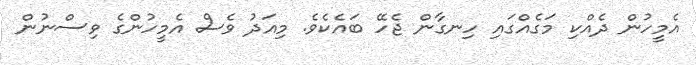
އެމީހުން ދެއްކި މަގެއްގައި ހިނގާން ޖެހޭ ބައެކެވެ. މިއަދު ވެސް އެމީހުންގެ ވިސްނުން